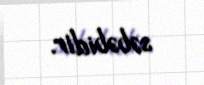
səbəbidir.